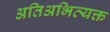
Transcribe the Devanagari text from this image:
अतिअभिव्यक्त